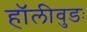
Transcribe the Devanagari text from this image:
हॉलीवुडः